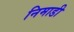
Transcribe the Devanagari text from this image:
निमाडी